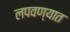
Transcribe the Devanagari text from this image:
लपवण्यात